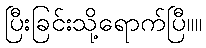
ပြီးခြင်းသို့ရောက်ပြီ။။